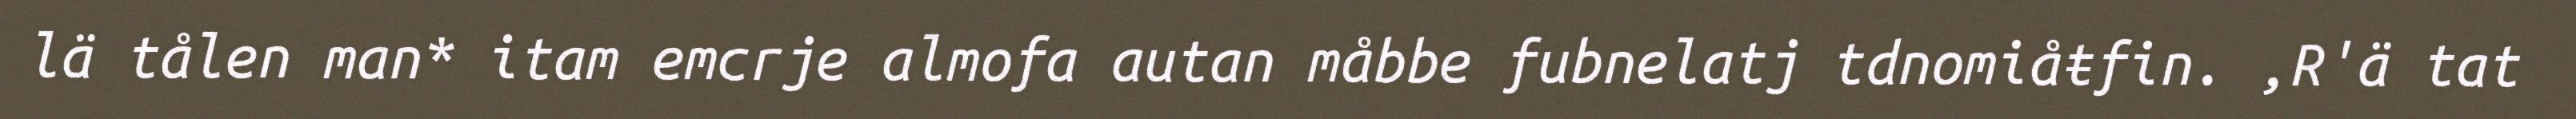
lä tålen man* itam emcrje almofa autan måbbe fubnelatj tdnomiåŧfin. ,R'ä tat